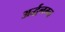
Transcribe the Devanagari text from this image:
अर्द्धनग्न